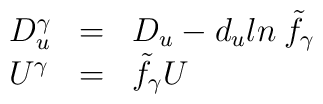
\begin{array}{lll}D_{u}^{\gamma} &=& D_u - d_u ln \: {\tilde f}_{\gamma} \\U^{\gamma} &=& {\tilde f}_{\gamma} U\end{array}